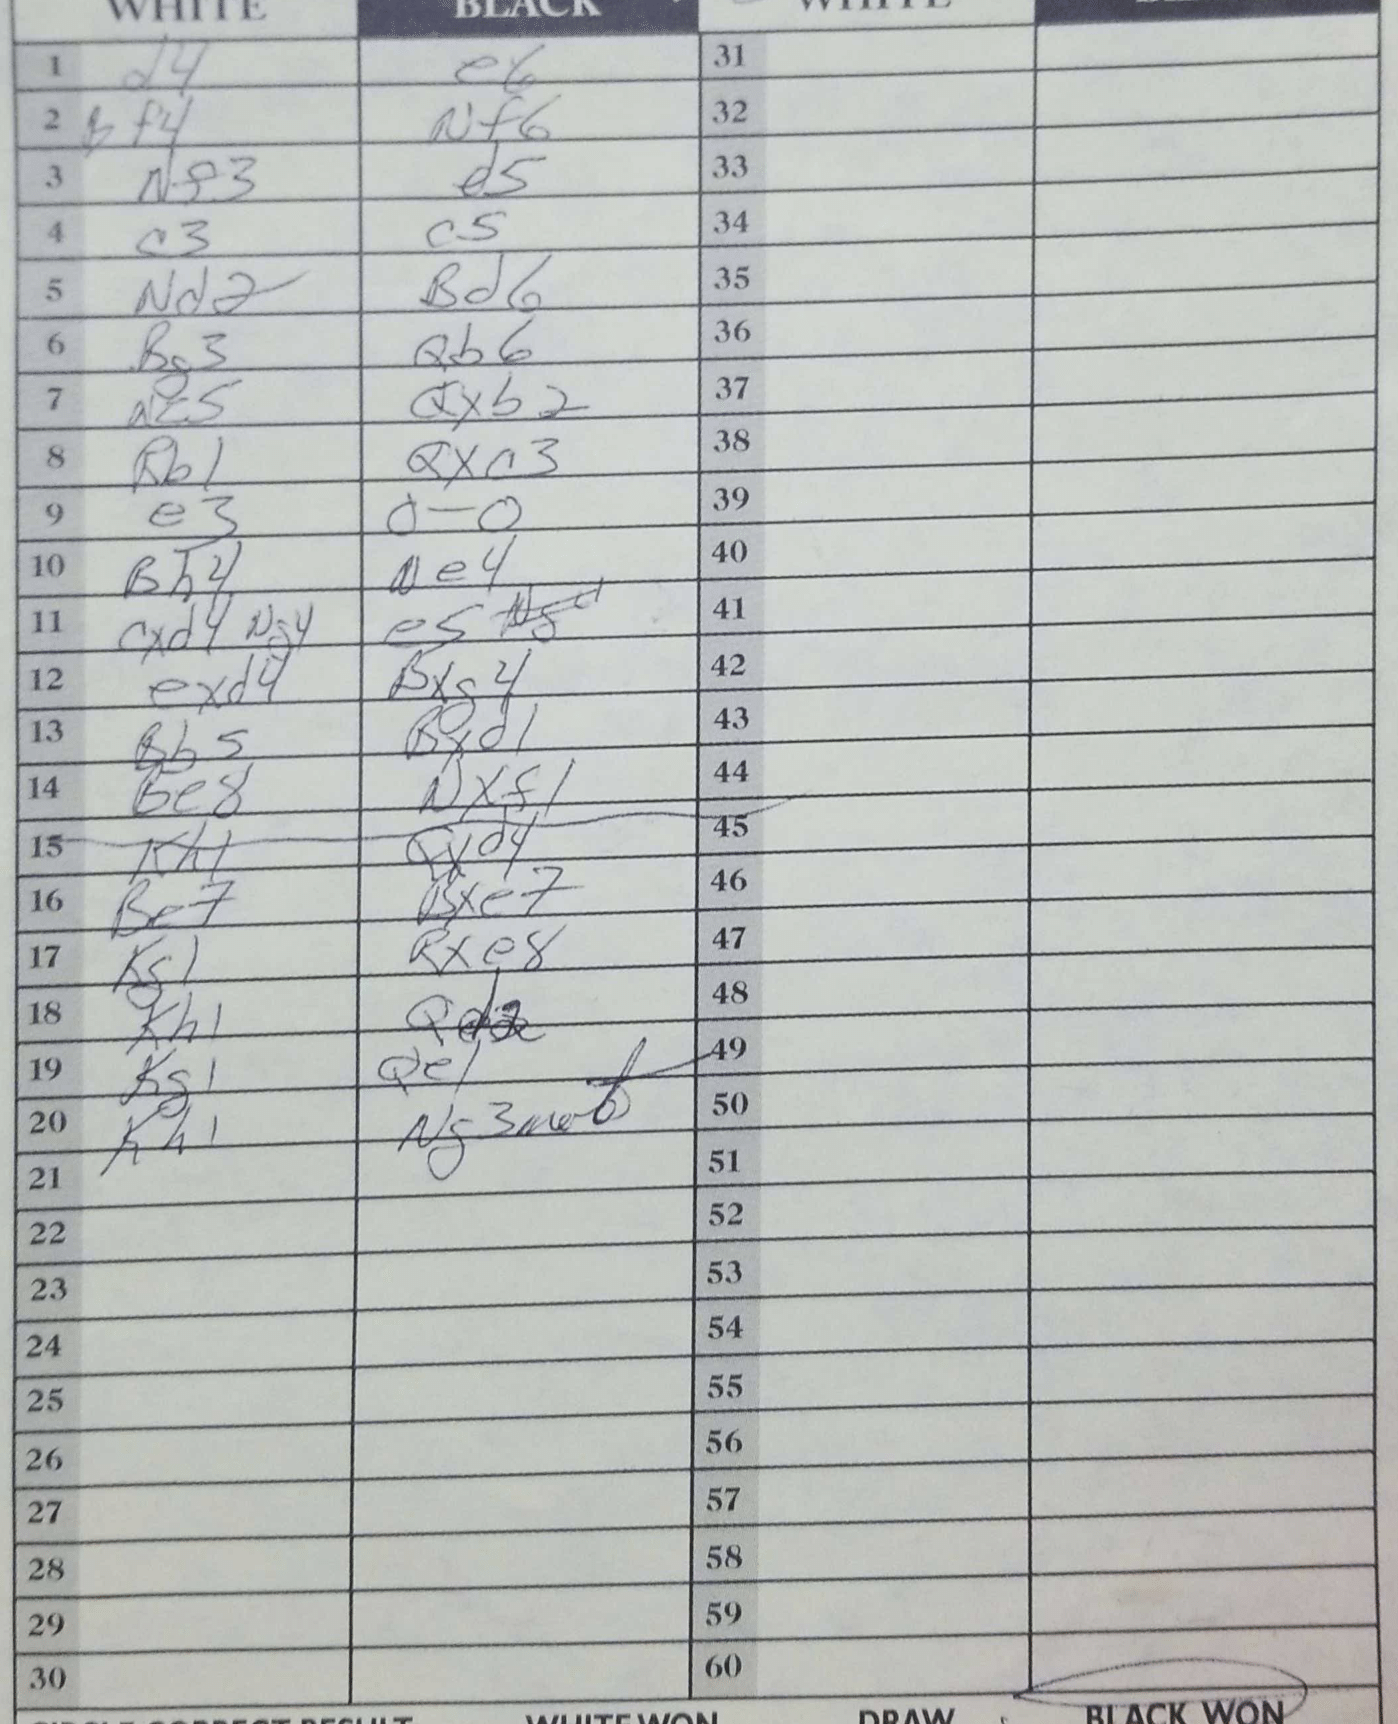
Moves: d4 e6 Bf4 Nf6 Nf3 d5 c3 c5 Nd2 Bd6 Bg3 Qb6 Nc5 Qxb2 Rb1 Qxc3 e3 O-O Bh4 Ne4 cxd4 e5 exd4 Bxg4 Bb5 Bxd1 Be8 Nxf1 Kh1 Qxd4 Be7 Bxe7 Kg1 Rxe8 Kh1 Qd2 Kg1 Qe1 Kh1 Ng3